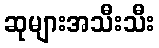
ဆုများအသီးသီး